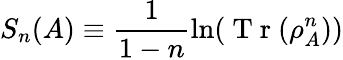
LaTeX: S_{n}(A)\equiv\frac{1}{1-n}\ln(\mathrm{~T~r~}(\rho_{A}^{n}))